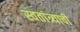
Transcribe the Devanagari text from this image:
स्वतांत्र्याची